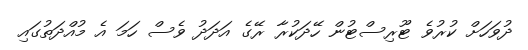
ދުވަަހަށް ކުރުވެ ޓޫރިސްޓުން ހޭދަކުރާ ރޭގެ އަދަދު ވެސް ހަމަ އެ މުއްދަތުގައި